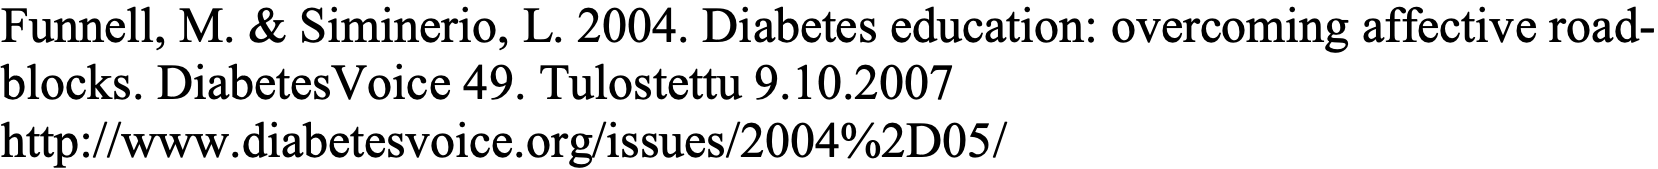
Funnell, M. & Siminerio, L. 2004. Diabetes education: overcoming affective road- blocks. DiabetesVoice 49. Tulostettu 9.10.2007 http://www.diabetesvoice.org/issues/2004%2D05/